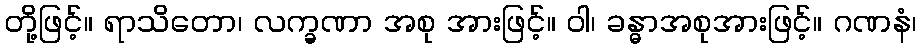
တို့ဖြင့်။ ရာသိတော၊ လက္ခဏာ အစု အားဖြင့်။ ဝါ၊ ခန္ဓာအစုအားဖြင့်။ ဂဏနံ၊